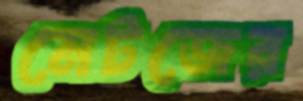
মেটজের